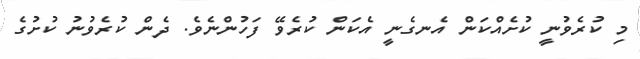
މި ކުރެވުނީ ކުށެއްކަން އެނގެނީ އެކަން ކުރެވޭ ފަހުންނެވެ. ދެން ކުރެވުނު ކުށުގެ